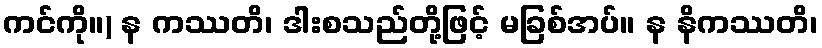
ကင်ကို။) န ကဿတိ၊ ဒါးစသည်တို့ဖြင့် မခြစ်အပ်။ န နိကဿတိ၊